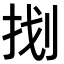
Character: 𭠤